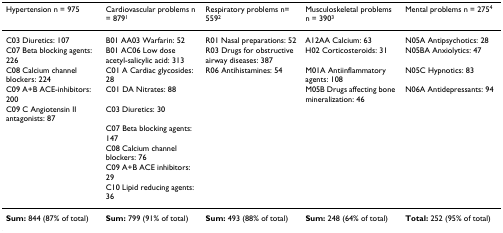
| Hypertension n = 975 | Cardiovascular problems n = 8791 | Respiratory problems n= 5592 | Musculoskeletal problems n = 3903 | Mental problems n = 2754 |
 | --- | --- | --- | --- | --- |
 | C03 Diuretics: 107 | B01 AA03 Warfarin: 52 | R01 Nasal preparations: 52 | A12AA Calcium: 63 | N05A Antipsychotics: 28 |
 | C07 Beta blocking agents: 226 | B01 AC06 Low dose acetyl-salicylic acid: 313 | R03 Drugs for obstructive airway diseases: 387 | H02 Corticosteroids: 31 | N05BA Anxiolytics: 47 |
 | C08 Calcium channel blockers: 224 | C01 A Cardiac glycosides: 28 | R06 Antihistamines: 54 | M01A Antiinflammatory agents: 108 | N05C Hypnotics: 83 |
 | C09 A+B ACE-inhibitors: 200 | C01 DA Nitrates: 88 |  | M05B Drugs affecting bone mineralization: 46 | N06A Antidepressants: 94 |
 | C09 C Angiotensin II antagonists: 87 | C03 Diuretics: 30 |  |  |  |
 |  | C07 Beta blocking agents: 147 |  |  |  |
 |  | C08 Calcium channel blockers: 76 |  |  |  |
 |  | C09 A+B ACE inhibitors: 29 |  |  |  |
 |  | C10 Lipid reducing agents: 36 |  |  |  |
 | Sum: 844 (87% of total) | Sum: 799 (91% of total) | Sum: 493 (88% of total) | Sum: 248 (64% of total) | Total: 252 (95% of total) |